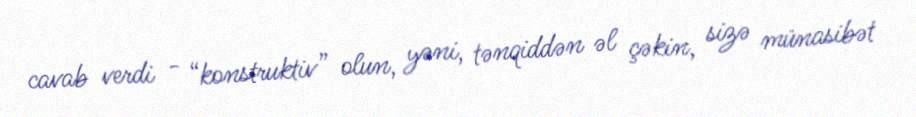
cavab verdi - “konstruktiv” olun, yəni, tənqiddən əl çəkin, sizə münasibət